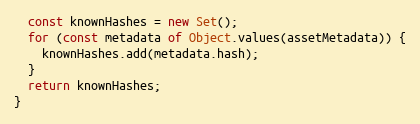
Language: JavaScript
  const knownHashes = new Set();
  for (const metadata of Object.values(assetMetadata)) {
    knownHashes.add(metadata.hash);
  }
  return knownHashes;
}